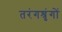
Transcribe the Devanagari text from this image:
तरंगश्रृंगों